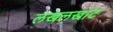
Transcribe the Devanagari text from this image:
लखलखाट